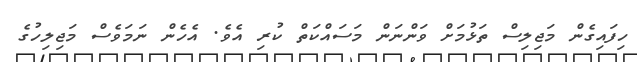
ހިފައިގެން މަޖިލިސް ތަޅުމަށް ވަންނަން މަސައްކަތް ކުރި އެވެ. އެހެން ނަމަވެސް މަޖިލިހުގެ